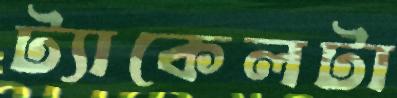
ট্যাকেলটা